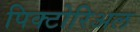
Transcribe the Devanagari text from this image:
पिक्टोरिअल